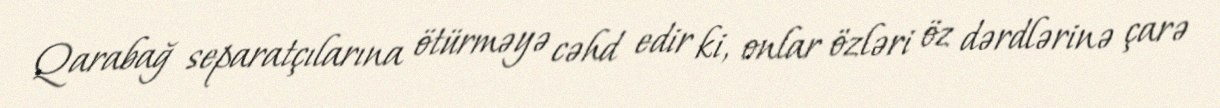
Qarabağ separatçılarına ötürməyə cəhd edir ki, onlar özləri öz dərdlərinə çarə